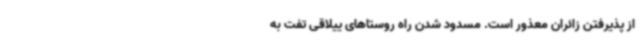
از پذیرفتن زائران معذور است. مسدود شدن راه روستاهای ییلاقی تفت به